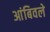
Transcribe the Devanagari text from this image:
आंबिवले